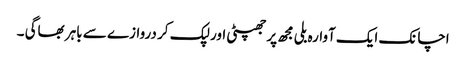
اچانک ایک آوارہ بلی مجھ پر جھپٹی اور لپک کر دروازے سے باہر بھاگی ۔